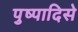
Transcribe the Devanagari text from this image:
पुष्पादिसे